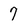
Character: 7